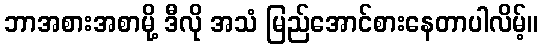
ဘာအစားအစာမို့ ဒီလို အသံ မြည်အောင်စားနေတာပါလိမ့်။